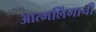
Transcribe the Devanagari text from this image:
आत्मलिंगाची